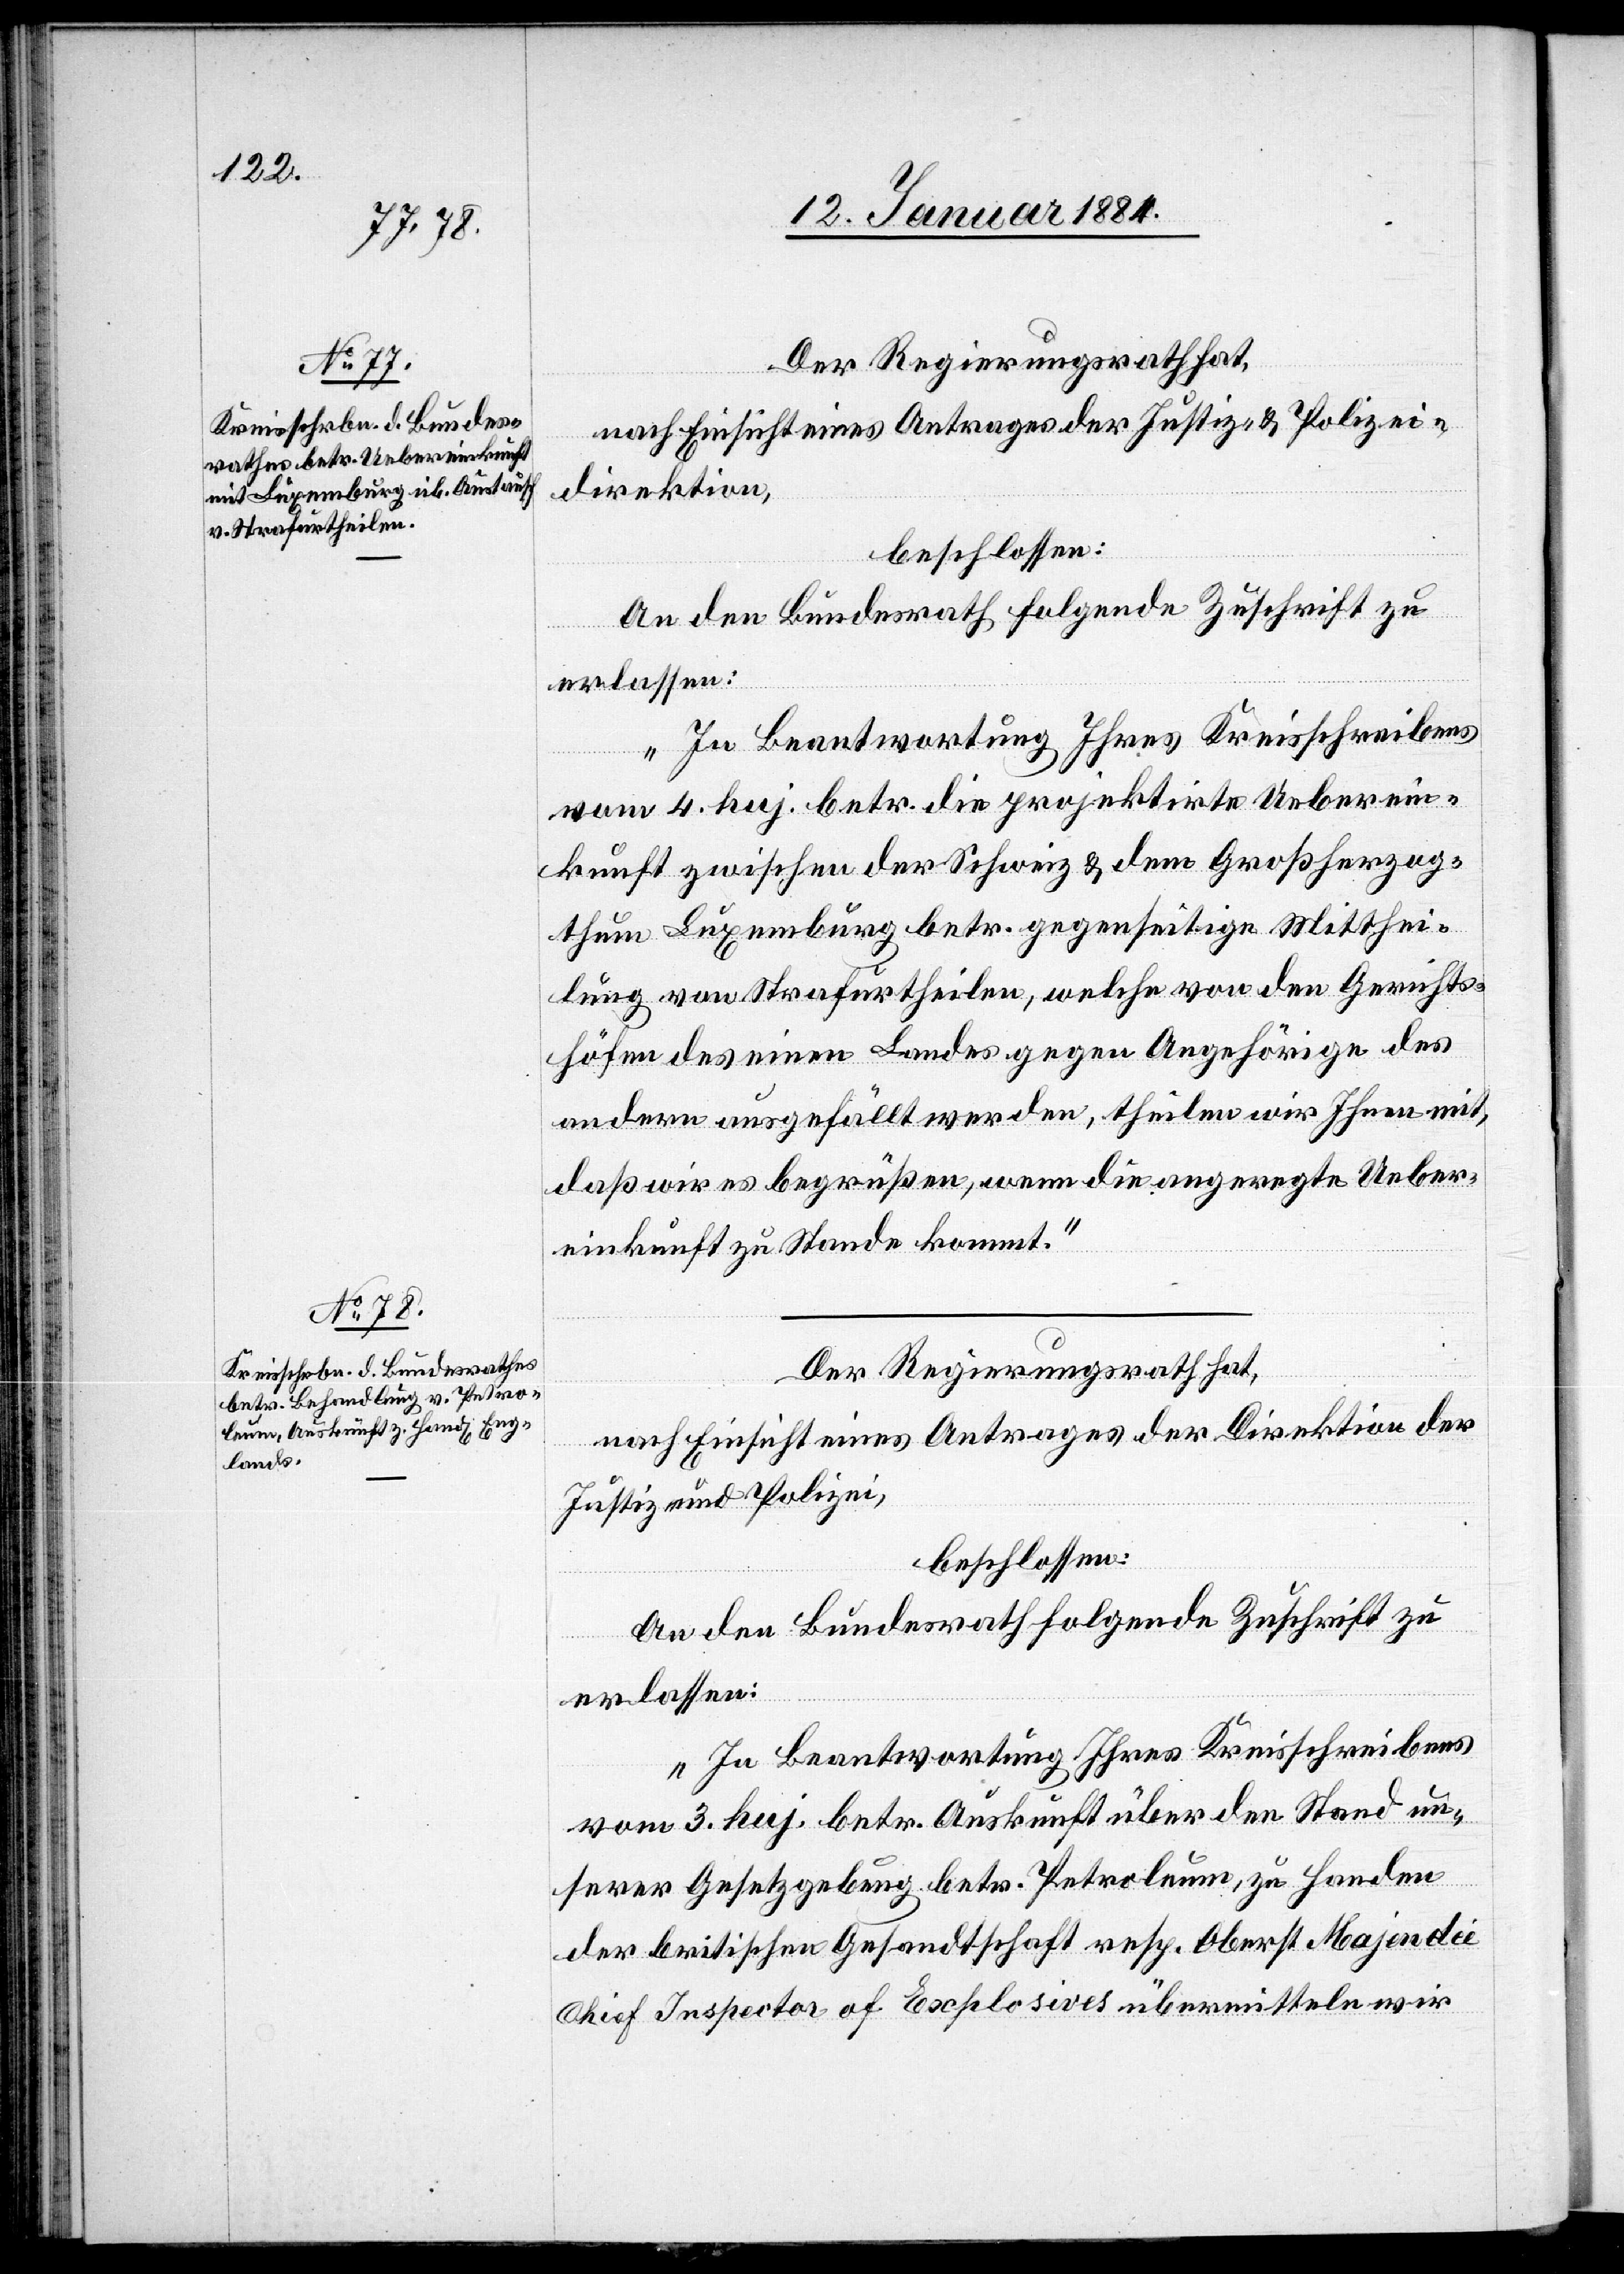
Der Regierungsrath hat,
nach Einsicht eines Antrages der Justiz- & Polizei¬
direktion,
beschlossen:
An den Bundesrath folgende Zuschrift zu
erlassen:
„In Beantwortung Ihres Kreisschreibens
vom 4. huj. betr. die projektirte Ueberein¬
kunft zwischen der Schweiz & dem Großherzog¬
thum Luxemburg betr. gegenseitige Mitthei¬
lung von Strafurtheilen, welche von den Gerichts¬
höfen des einen Landes gegen Angehörige des
andern ausgefällt werden, theilen wir Ihnen mit,
daß wir es begrüßen, wenn die angeregte Ueber¬
einkunft zu Stande kommt.“
Der Regierungsrath hat,
nach Einsicht eines Antrages der Direktion der
Justiz und Polizei,
beschlossen:
An den Bundesrath folgende Zuschrift zu
erlassen:
„In Beantwortung Ihres Kreisschreibens
vom 3. huj. betr. Auskunft über den Stand un¬
serer Gesetzgebung betr. Petroleum, zu Handen
der britischen Gesandtschaft resp. Oberst Majendie
Chief Inspector of Explosives übermitteln wir